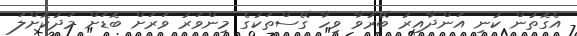
އެގޮތުން ކުނި އަންދާއިރު ބޭރުވާ ވިހާ ގޭސްތަކުގެ މިންވަރު ވަރަށް ބޮޑަށް މަދުކޮށްލަ